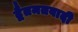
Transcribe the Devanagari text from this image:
द्वैतमतवादी